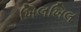
ખિલખિલ